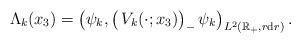
LaTeX: \begin{align*} \Lambda_k(x_3) = \bigl(\psi_k, \big(\,V_k(\cdot ; x_3)\big)_- \, \psi_k\bigr)_{L^2(\mathbb{R}_+, r \mathrm{d}r)}\,.\end{align*}